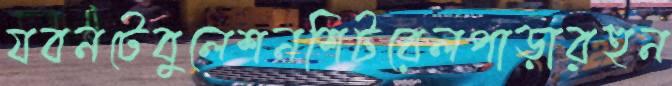
যবনটেবুলেশনশিটরেলপাড়ারহুন